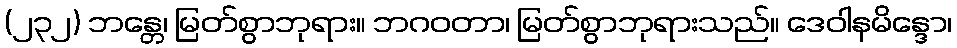
(၂၃၂) ဘန္တေ၊ မြတ်စွာဘုရား။ ဘဂဝတာ၊ မြတ်စွာဘုရားသည်။ ဒေဝါနမိန္ဒော၊